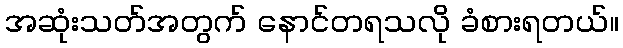
အဆုံးသတ်အတွက် နောင်တရသလို ခံစားရတယ်။